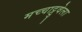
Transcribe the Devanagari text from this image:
मच्चाट्टुवेला